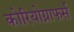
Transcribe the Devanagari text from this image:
कोरियोग्राफर्स